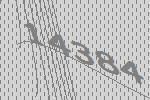
14384